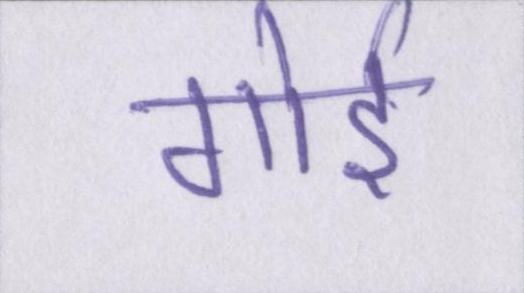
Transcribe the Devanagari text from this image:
गोई